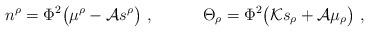
LaTeX: \begin{align*}n^\rho=\Phi^2\big(\mu^\rho -{\cal A} s^\rho\big)\ ,\qquad\quad\Theta_\rho=\Phi^2\big( {\cal K}s_\rho + {\cal A} \mu_\rho\big) \ ,\end{align*}